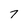
Character: 7